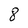
Character: 8